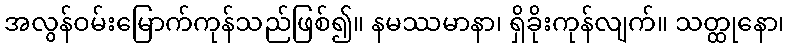
အလွန်ဝမ်းမြောက်ကုန်သည်ဖြစ်၍။ နမဿမာနာ၊ ရှိခိုးကုန်လျက်။ သတ္ထုနော၊